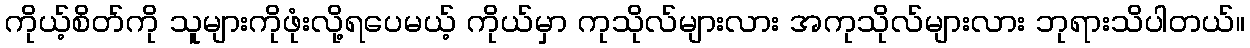
ကိုယ့်စိတ်ကို သူများကိုဖုံးလို့ရပေမယ့် ကိုယ်မှာ ကုသိုလ်များလား အကုသိုလ်များလား ဘုရားသိပါတယ်။